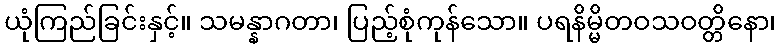
ယုံကြည်ခြင်းနှင့်။ သမန္နာဂတာ၊ ပြည့်စုံကုန်သော။ ပရနိမ္မိတဝသဝတ္တိနော၊